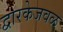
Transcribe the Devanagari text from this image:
द्वारकेजवळ